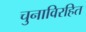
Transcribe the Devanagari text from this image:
चुनाविरहित